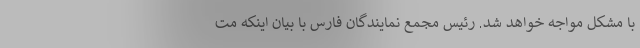
با مشکل مواجه خواهد شد. رئیس مجمع نمایندگان فارس با بیان اینکه مت